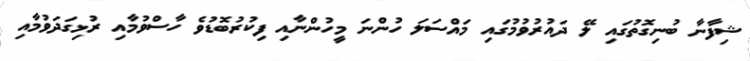
ޝިފާނާ ބުނިގޮތުގައި ލޭ ދައުރުވުމުގައި މައްސަލަ ހުންނަ މީހުންނާއި ފިކުރުބޮޑުވެ ހާސްވުމާއި ރުޅިގަދަވުމާއި